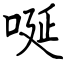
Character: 唌